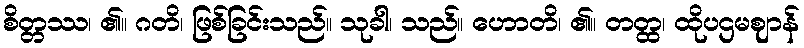
စိတ္တဿ၊ ၏။ ဂတိ၊ ဖြစ်ခြင်းသည်။ သုခါ၊ သည်။ ဟောတိ၊ ၏။ တတ္ထ၊ ထိုပဌမဈာန်